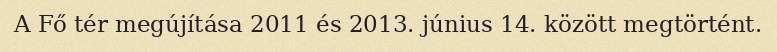
A Fő tér megújítása 2011 és 2013. június 14. között megtörtént.